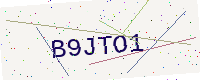
Text: B9JTO1